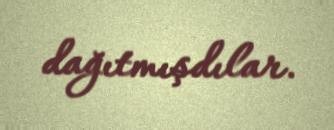
dağıtmışdılar.